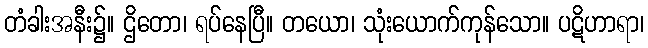
တံခါးအနီး၌။ ဌိတော၊ ရပ်နေပြီ။ တယော၊ သုံးယောက်ကုန်သော။ ပဋိဟာရာ၊